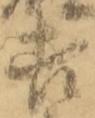
吉